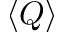
\langle Q \rangle